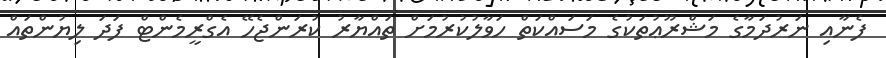
ފެނާއި ނަރުދަމާގެ މަޝްރޫޢުތަކުގެ މަސައްކަތް ހަވާލުކުރުމަށް ތައްޔާރު ކުރަންޖެހޭ އެގްރީމެންޓް ފަދަ ލިޔުންތައް